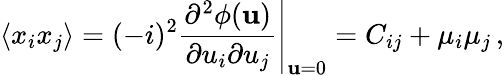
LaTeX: \langle x_{i}x_{j}\rangle=(-i)^{2}\left.{\frac{\partial^{2}\phi({\mathbf u})}{\partial u_{i}\partial u_{j}}}\right|_{{\mathbf u}=0}=C_{ij}+\mu_{i}\mu_{j}\, ,